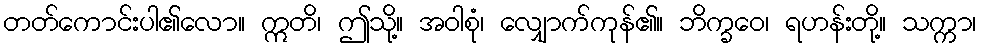
တတ်ကောင်းပါ၏လော။ ဣတိ၊ ဤသို့။ အဝါစုံ၊ လျှောက်ကုန်၏။ ဘိက္ခဝေ၊ ရဟန်းတို့။ သက္ကာ၊